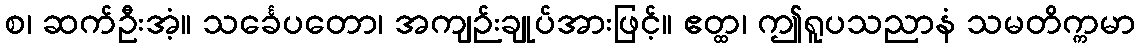
စ၊ ဆက်ဦးအံ့။ သင်္ခေပတော၊ အကျဉ်းချုပ်အားဖြင့်။ ဧတ္ထ၊ ဤရူပသညာနံ သမတိက္ကမာ